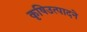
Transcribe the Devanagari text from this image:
कृषिउत्पादने